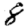
Digit: 8